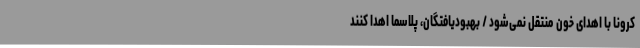
کرونا با اهدای خون منتقل نمی‌شود / بهبودیافتگان، پلاسما اهدا کنند